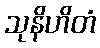
သုနိဟိတံ